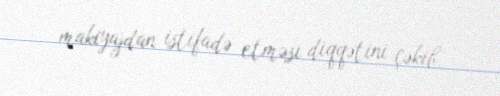
makiyajdan istifadə etməsi diqqətini çəkib.